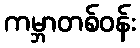
ကမ္ဘာတစ်ဝန်း